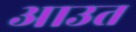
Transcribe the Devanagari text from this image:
आउत